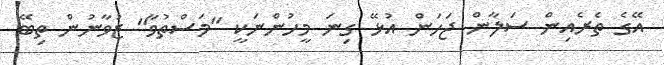
އޭގެ ތެރެއިން ސަލާން ޖަހަން އުޅޭ ގިނަ މީހުންނަކީ "މަސްތުވާ" ޒުވާނުން ތިބޭ